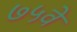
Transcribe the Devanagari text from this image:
७५वे